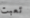
تعبت